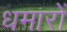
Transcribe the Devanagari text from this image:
धमारों